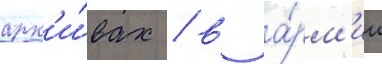
арх'и́вах / в а́рм'ии